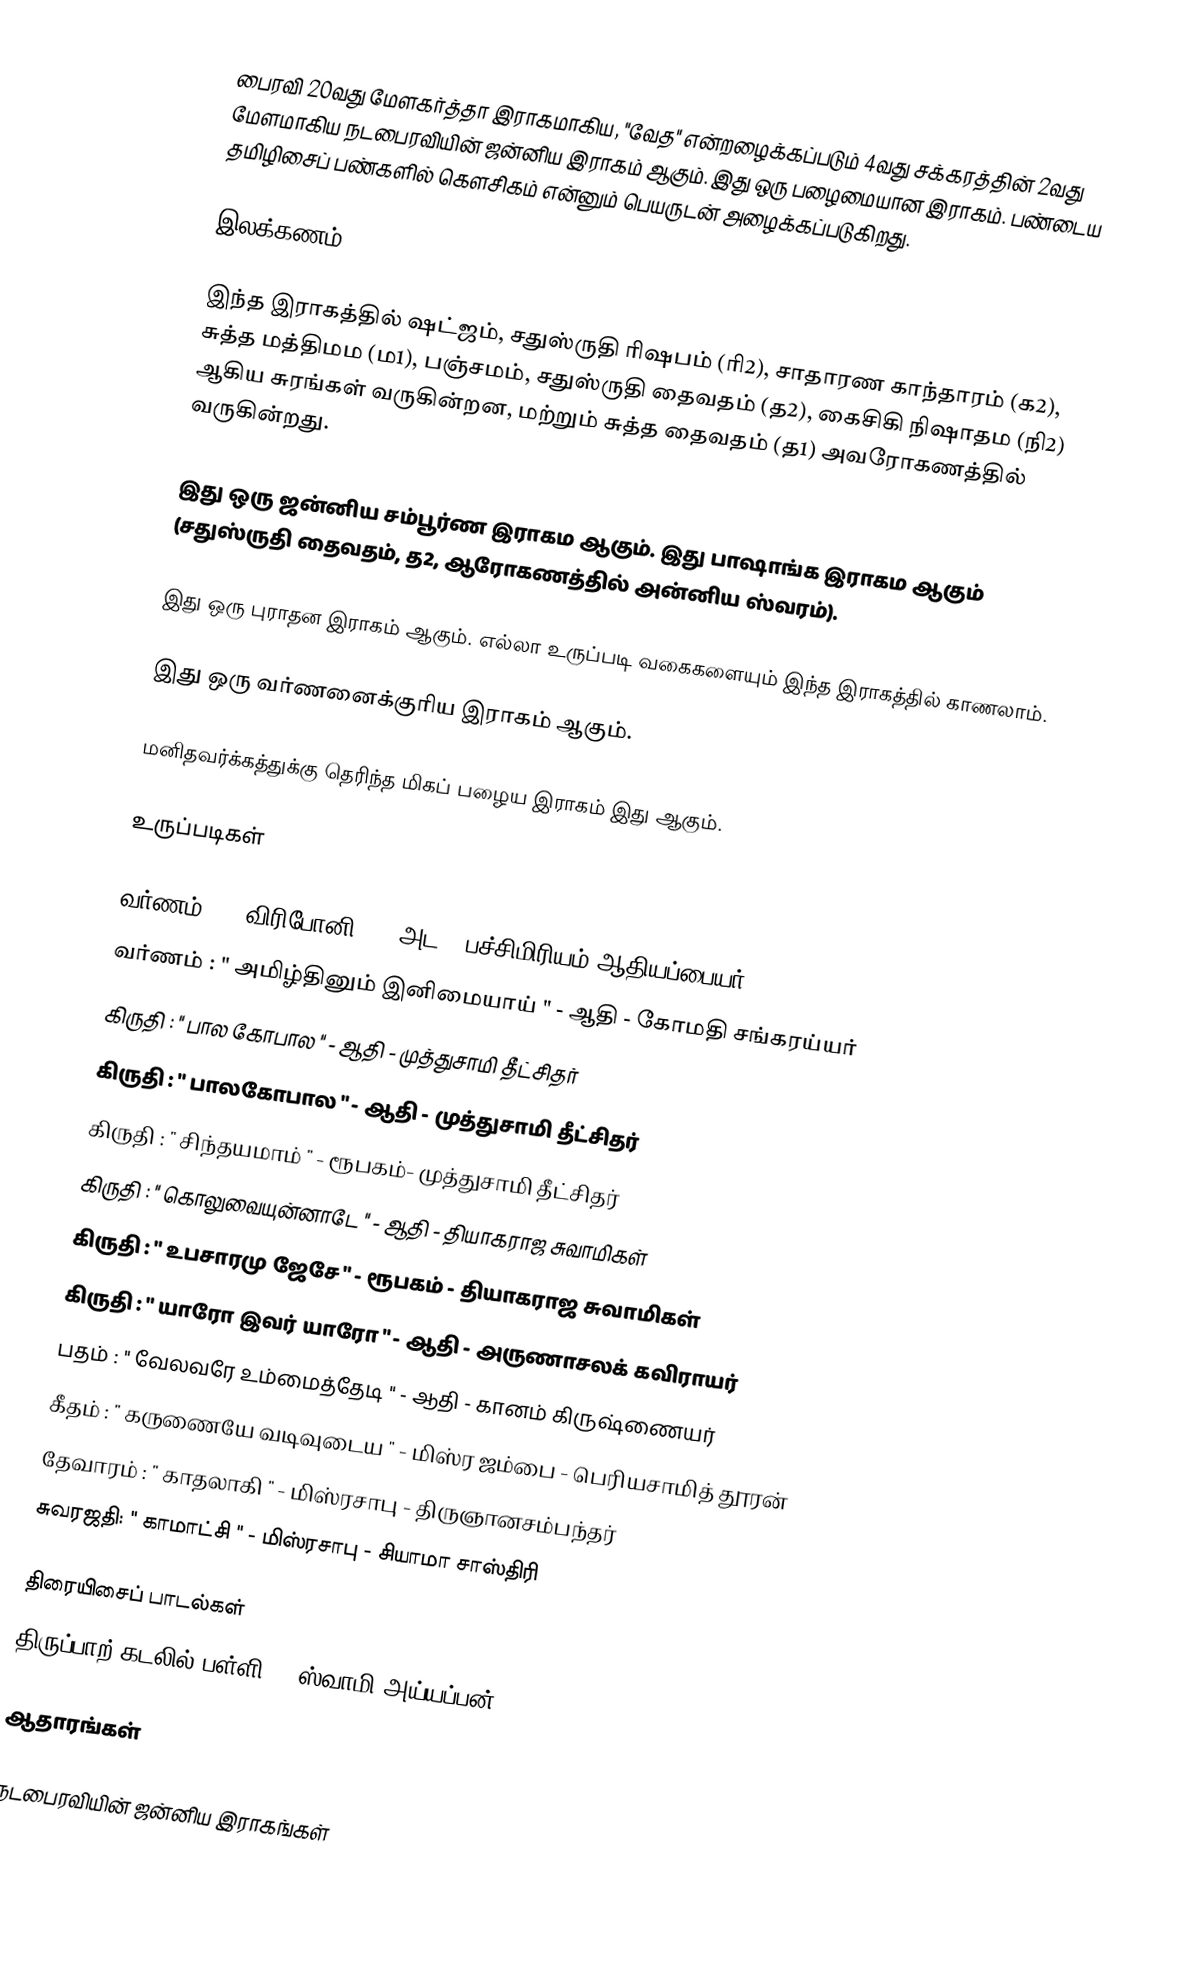
பைரவி 20வது மேளகர்த்தா இராகமாகிய, "வேத" என்றழைக்கப்படும் 4வது சக்கரத்தின் 2வது மேளமாகிய நடபைரவியின் ஜன்னிய இராகம் ஆகும். இது ஒரு பழைமையான இராகம். பண்டைய தமிழிசைப் பண்களில் கெளசிகம் என்னும் பெயருடன் அழைக்கப்படுகிறது.

இலக்கணம்

 இந்த இராகத்தில் ஷட்ஜம், சதுஸ்ருதி ரிஷபம் (ரி2), சாதாரண காந்தாரம் (க2), சுத்த மத்திமம (ம1), பஞ்சமம், சதுஸ்ருதி தைவதம் (த2), கைசிகி நிஷாதம (நி2) ஆகிய சுரங்கள் வருகின்றன, மற்றும் சுத்த தைவதம் (த1) அவரோகணத்தில் வருகின்றது.

 இது ஒரு ஜன்னிய சம்பூர்ண இராகம ஆகும். இது பாஷாங்க இராகம ஆகும் (சதுஸ்ருதி தைவதம், த2, ஆரோகணத்தில் அன்னிய ஸ்வரம்).

 இது ஒரு புராதன இராகம் ஆகும். எல்லா உருப்படி வகைகளையும் இந்த இராகத்தில் காணலாம்.

 இது ஒரு வர்ணனைக்குரிய இராகம் ஆகும்.

 மனிதவர்க்கத்துக்கு தெரிந்த மிகப் பழைய இராகம் இது ஆகும்.

உருப்படிகள்

 வர்ணம் : " விரிபோனி "	- அட	- பச்சிமிரியம் ஆதியப்பையர்
 வர்ணம் : " அமிழ்தினும் இனிமையாய் "	- ஆதி - கோமதி சங்கரய்யர்
 கிருதி	: " பால கோபால " - ஆதி - முத்துசாமி தீட்சிதர்
 கிருதி	: " பாலகோபால " - ஆதி - முத்துசாமி தீட்சிதர்
 கிருதி	: " சிந்தயமாம் " -  ரூபகம்- முத்துசாமி தீட்சிதர்
 கிருதி	: " கொலுவையுன்னாடே " - ஆதி - தியாகராஜ சுவாமிகள்
 கிருதி	: " உபசாரமு ஜேசே " - ரூபகம் - தியாகராஜ சுவாமிகள்
 கிருதி	: " யாரோ இவர் யாரோ "	- ஆதி	- அருணாசலக் கவிராயர்
 பதம் : " வேலவரே உம்மைத்தேடி " - ஆதி - கானம் கிருஷ்ணையர்
 கீதம் : " கருணையே வடிவுடைய "	- மிஸ்ர ஜம்பை - பெரியசாமித் தூரன்
 தேவாரம் : " காதலாகி "	- மிஸ்ரசாபு - திருஞானசம்பந்தர்
 சுவரஜதி: " காமாட்சி "	- மிஸ்ரசாபு - சியாமா சாஸ்திரி

திரையிசைப் பாடல்கள்
 திருப்பாற் கடலில் பள்ளி :- ஸ்வாமி அய்யப்பன்

ஆதாரங்கள்

நடபைரவியின் ஜன்னிய இராகங்கள்